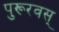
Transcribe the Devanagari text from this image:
पुरूरवस्